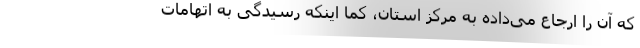
که آن را ارجاع می‌داده به مرکز استان، کما اینکه رسیدگی به اتهامات